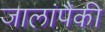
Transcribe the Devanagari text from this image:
जालांपैकी